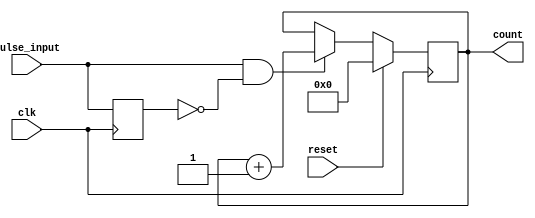
module pulse_counter (
    input wire clk,            // Clock signal
    input wire reset,          // Synchronous reset signal
    input wire pulse_input,    // Pulse input signal
    output reg [3:0] count     // 4-bit count output
);

// State variable to hold the previous state of the pulse input
reg pulse_prev;

// Always block triggered on the rising edge of the clock
always @(posedge clk) begin
    // Check for reset condition
    if (reset) begin
        count <= 4'b0000; // Reset the count to zero
    end else begin
        // Detect rising edge of the pulse input
        if (pulse_input && !pulse_prev) begin
            count <= count + 1; // Increment the count
        end
    end
    
    // Update the previous pulse input state
    pulse_prev <= pulse_input;
end

endmodule